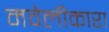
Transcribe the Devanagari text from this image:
मवेलीकारा